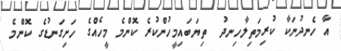
އާ ހެނދުނަކާ ކުރިމަތިލާހިނދު  ތިޔަބައިމީހުންކުރެ ކޮންމެ މީހެއްގެ ހަށިގަނޑުގެ ކޮންމެ